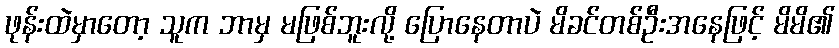
ဖုန်းထဲမှာတော့ သူက ဘာမှ မဖြစ်ဘူးလို့ ပြောနေတာပဲ မိခင်တစ်ဦးအနေဖြင့် မိမိ၏